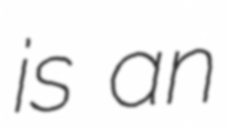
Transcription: is an